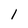
Character: 1